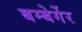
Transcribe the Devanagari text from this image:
बम्बेर्गेर